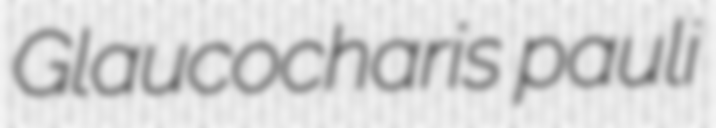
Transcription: Glaucocharis pauli